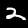
Label: 2